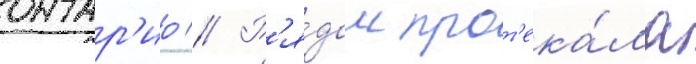
онтар'ио // Р'я́дом прот'ека́ла